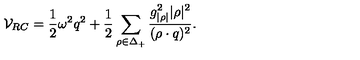
{ \cal V } _ { R C } = { \frac { 1 } { 2 } } \omega ^ { 2 } q ^ { 2 } + { \frac { 1 } { 2 } } \sum _ { \rho \in \Delta _ { + } } { \frac { g _ { | \rho | } ^ { 2 } | \rho | ^ { 2 } } { ( \rho \cdot q ) ^ { 2 } } } .